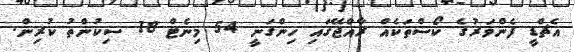
އެޗްޑީ ފެންވަރުގެ ކޯސްތަކެއް ރާއްޖޭގައި ހިންގަނީ 54 މިނެޓް 18 ސިކުންތު ކުރިން.